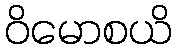
ဝိမောစယိ